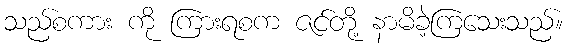
သည်စကား ကို ကြားရစက ဇင်တို့ နာမိခဲ့ကြသေးသည်။